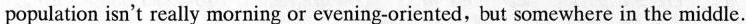
population isn't really morning or evening-oriented, but somewhere in the middle.